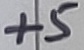
Text: +5